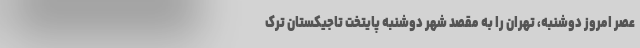
عصر امروز دوشنبه، تهران را به مقصد شهر دوشنبه پایتخت تاجیکستان ترک